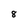
Character: 8